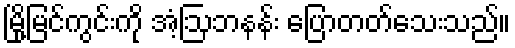
မြို့မြင်ကွင်းကို အံ့ဩဘနန်း ပြောတတ်သေးသည်။